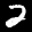
Label: 2